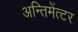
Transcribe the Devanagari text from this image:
अन्तिमेंत्टर